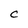
Character: C